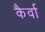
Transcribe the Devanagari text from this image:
कैर्वा